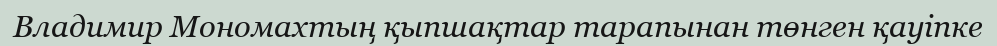
Владимир Мономахтың қыпшақтар тарапынан төнген қауіпке